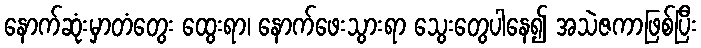
နောက်ဆုံးမှာတံတွေး ထွေးရာ၊ နောက်ဖေးသွားရာ သွေးတွေပါနေ၍ အသဲဇကာဖြစ်ပြီး